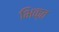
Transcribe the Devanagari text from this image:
भिक्त